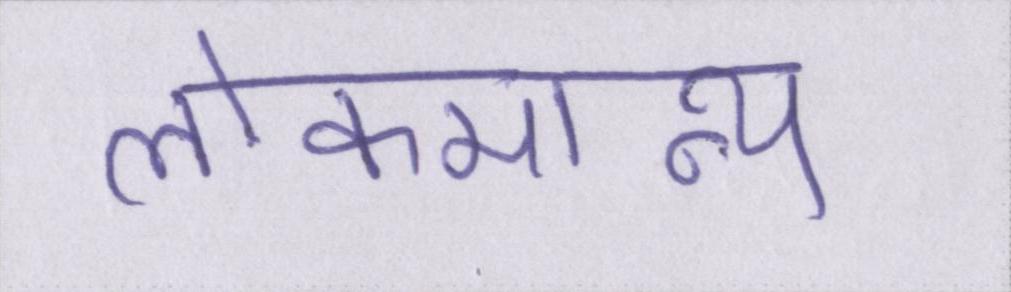
लोकमान्य